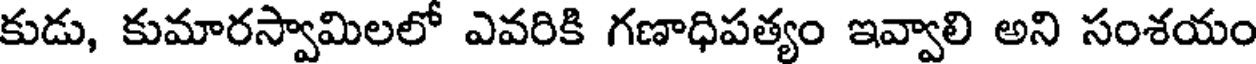
కుడు, కుమారస్వామిలలో ఎవరికి గణాధిపత్యం ఇవ్వాలి అని సంశయం